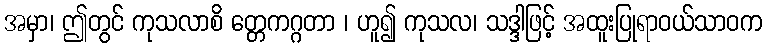
အမှာ၊ ဤတွင် ကုသလာစိ တ္တေကဂ္ဂတာ ၊ ဟူ၍ ကုသလ၊ သဒ္ဒါဖြင့် အထူးပြုရာဝယ်သာဝက